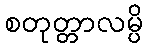
စတုတ္တာလမ္ပိ